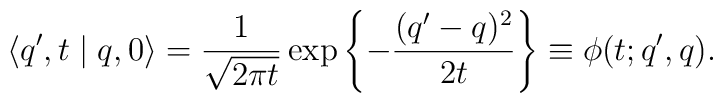
\langle q',t\mid q,0 \rangle = \frac{1}{\sqrt{2\pi t}}  \exp \left\{- \frac{(q'-q)^2}{2t} \right\} \equiv \phi(t;q',q).